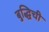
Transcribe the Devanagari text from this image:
बुद्धिची